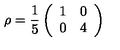
\rho = \frac { 1 } { 5 } \left( \begin{array} { c c } { 1 } & { 0 } \\ { 0 } & { 4 } \\ \end{array} \right)